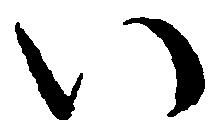
い